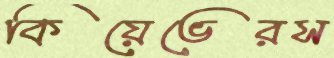
কিয়েভেরস